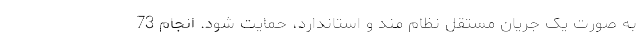
به صورت یک جریان مستقل نظام مند و استاندارد، حمایت شود. انجام 73